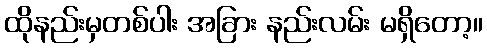
ထိုနည်းမှတစ်ပါး အခြား နည်းလမ်း မရှိတော့။